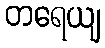
တရေယျ